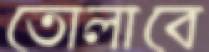
তোলাবে